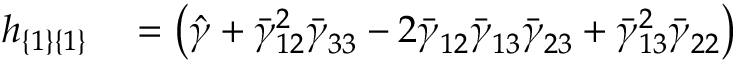
\begin{array} { r l } { h _ { \{ 1 \} \{ 1 \} } } & { { } = \left( \hat { \gamma } + \bar { \gamma } _ { 1 2 } ^ { 2 } \bar { \gamma } _ { 3 3 } ^ { } - 2 \bar { \gamma } _ { 1 2 } ^ { } \bar { \gamma } _ { 1 3 } ^ { } \bar { \gamma } _ { 2 3 } ^ { } + \bar { \gamma } _ { 1 3 } ^ { 2 } \bar { \gamma } _ { 2 2 } ^ { } \right) } \end{array}